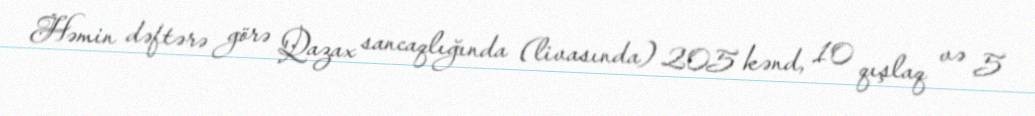
Həmin dəftərə görə Qazax sancaqlığında (livasında) 205 kənd, 10 qışlaq və 5